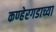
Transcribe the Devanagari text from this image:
कण्हेरगडाच्या